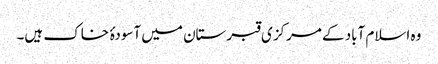
وہ اسلام آباد کے مرکزی قبرستان میں آسودۂ خاک ہیں۔